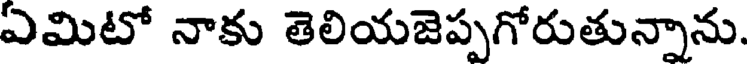
ఏమిటో నాకు తెలియజెప్పగోరుతున్నాను.